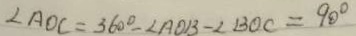
\angle A O C = 3 6 0 ^ { \circ } - \angle A O B - \angle B O C = 9 0 ^ { \circ }